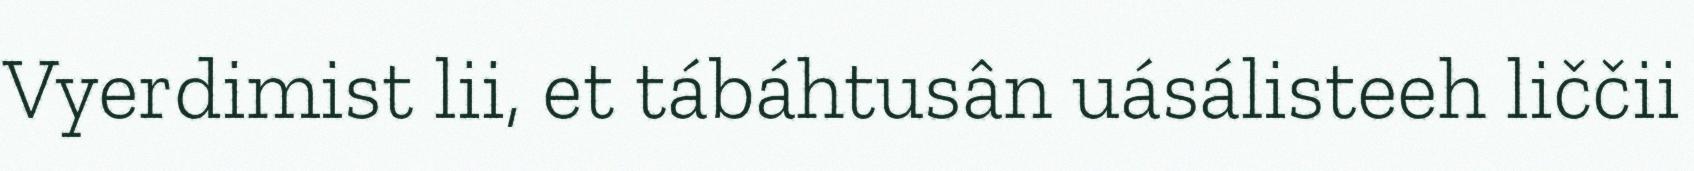
Vyerdimist lii, et tábáhtusân uásálisteeh liččii